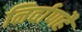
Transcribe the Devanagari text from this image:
निर्वाणहै